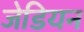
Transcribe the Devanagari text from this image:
जेडियन